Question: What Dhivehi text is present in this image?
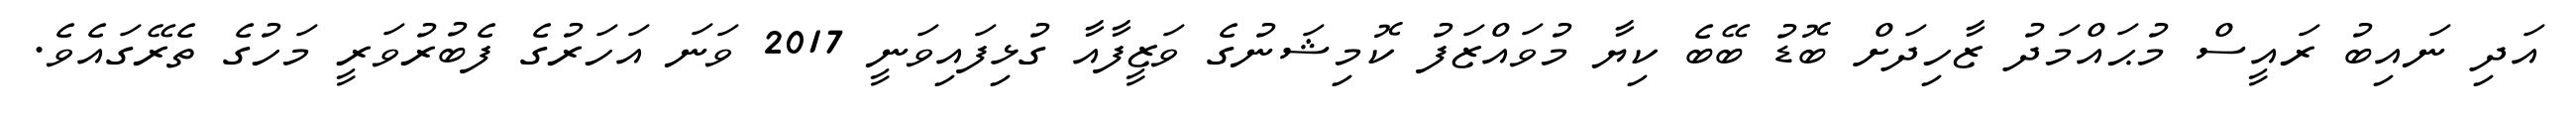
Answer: އަދި ނައިބު ރައީސް މުޙައްމަދު ޒާހިދަށް ބޮޑު ބޭބެ ކިޔާ މުވައްޒަފު ކޮމިޝަނުގެ ވަޒީފާއާ ގުޅިފައިވަނީ 2017 ވަނަ އަހަރުގެ ފެބުރުވަރީ މަހުގެ ތެރޭގައެވެ.